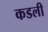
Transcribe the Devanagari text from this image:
कडली